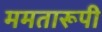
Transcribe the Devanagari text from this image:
ममतारूपी